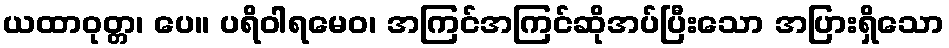
ယထာဝုတ္တ၊ ပေ။ ပရိဝါရမေဝ၊ အကြင်အကြင်ဆိုအပ်ပြီးသော အပြားရှိသော